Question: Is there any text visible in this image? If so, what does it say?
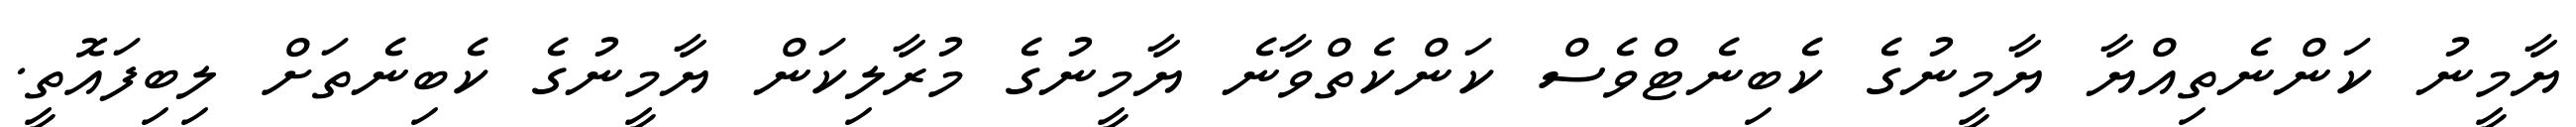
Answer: ޔާމީނު ކަންނެތިއްޔާ ޔާމީނުގެ ކެބިނެޓްވެސް ކަންކެތްވާނެ ޔާމީނުގެ މުރާލިކަން ޔާމީނުގެ ކެބިނެތަށް ލިބިފައޮތީ.